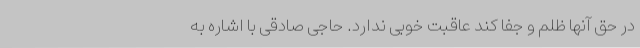
در حق آنها ظلم و جفا کند عاقبت خوبی ندارد. حاجی صادقی با اشاره به